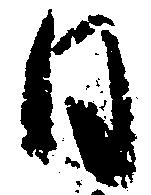
日